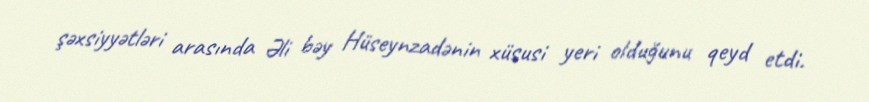
şəxsiyyətləri arasında Əli bəy Hüseynzadənin xüsusi yeri olduğunu qeyd etdi.